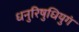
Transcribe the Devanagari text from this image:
धनुरिषुधियुगं